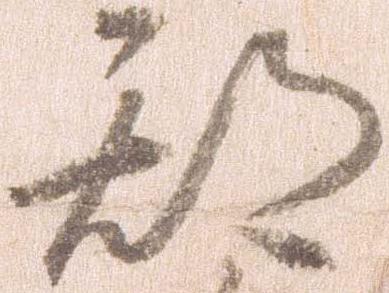
期